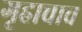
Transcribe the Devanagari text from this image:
गृहाचाच